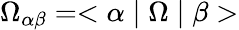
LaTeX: \Omega_{\alpha\beta}=<\alpha\mid\Omega\mid\beta>